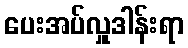
ပေးအပ်လှူဒါန်းရာ